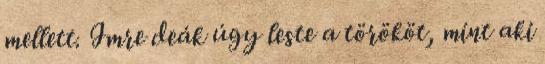
mellett. Imre deák úgy leste a törököt, mint aki